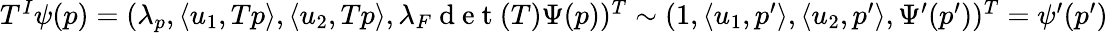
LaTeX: \begin{array}{r}{T^{I}\psi(p)=(\lambda_{p},\langle u_{1},Tp\rangle,\langle u_{2},Tp\rangle,\lambda_{F}\mathrm{~d~e~t~}(T)\Psi(p))^{T}\sim(1,\langle u_{1},p^{\prime}\rangle,\langle u_{2},p^{\prime}\rangle,\Psi^{\prime}(p^{\prime}))^{T}=\psi^{\prime}(p^{\prime})}\end{array}